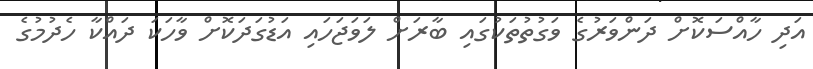
އަދި ހާއްސަކޮށް ދަންވަރުގެ ވަގުތުތަކުގައި ބާރަށް ލަވަޖަހައި އަޑުގަދަކޮށް ވާހަކަ ދައްކާ ހެދުމުގެ